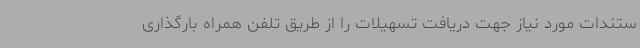
ستندات مورد نیاز جهت دریافت تسهیلات را از طریق تلفن‌ همراه بارگذاری